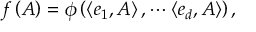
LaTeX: f \left( A \right) = \phi \left( \left\langle e _ { 1 } , A \right\rangle , \cdots \left\langle e _ { d } , A \right\rangle \right) ,